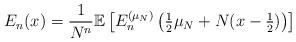
LaTeX: \begin{align*}E_{n}(x) = \frac{1}{N^{n}} \mathbb{E} \left[ E_{n}^{(\mu_{N})} \left( \tfrac{1}{2} \mu_{N} + N (x - \tfrac{1}{2} ) \right) \right]\end{align*}